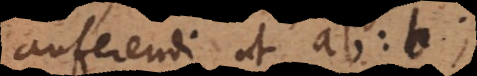
auferendi ut ab: b;